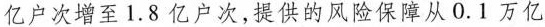
亿户次增至1.8亿户次，提供的风险保障从0.1万亿